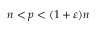
n < p < ( 1 + \varepsilon ) n